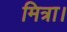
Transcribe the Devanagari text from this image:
मित्रा।